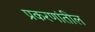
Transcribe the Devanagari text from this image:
प्रकरणांतील